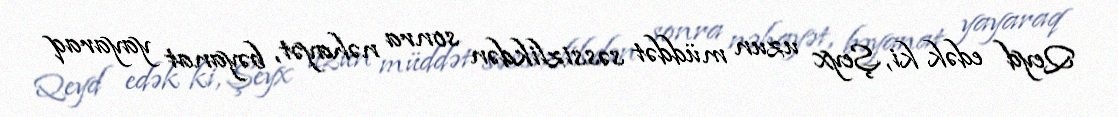
Qeyd edək ki, Şeyx uzun müddət səssizlikdən sonra nəhayət, bəyanat yayaraq